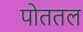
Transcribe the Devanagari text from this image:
पोततल